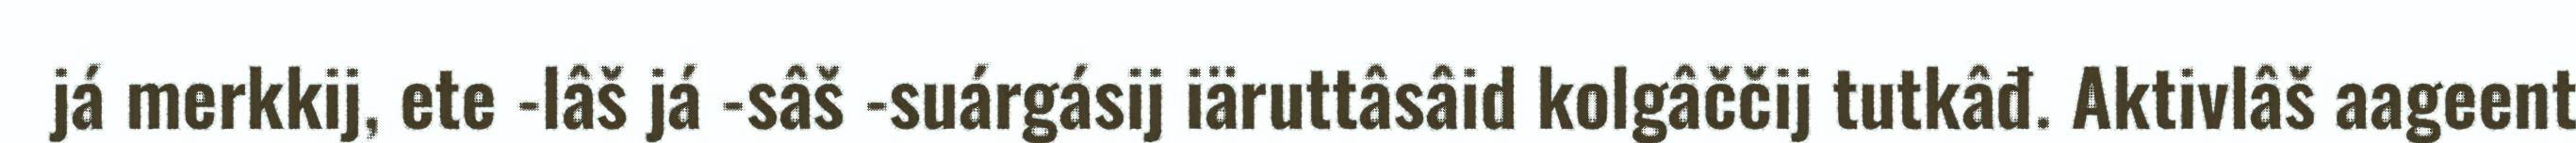
já merkkij, ete -lâš já -sâš -suárgásij iäruttâsâid kolgâččij tutkâđ. Aktivlâš aageent